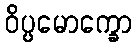
ဝိပ္ပမောက္ခော